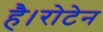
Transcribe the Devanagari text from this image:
है।रोटेन